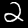
Label: 2